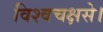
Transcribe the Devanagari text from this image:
विश्वचक्षसे।